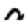
Digit: 0